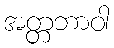
အတ္တဘာဝါ